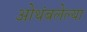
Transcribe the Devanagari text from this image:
ओथंबलेल्या